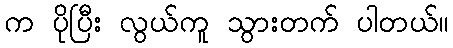
က ပိုပြီး လွယ်ကူ သွားတက် ပါတယ်။